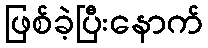
ဖြစ်ခဲ့ပြီးနောက်